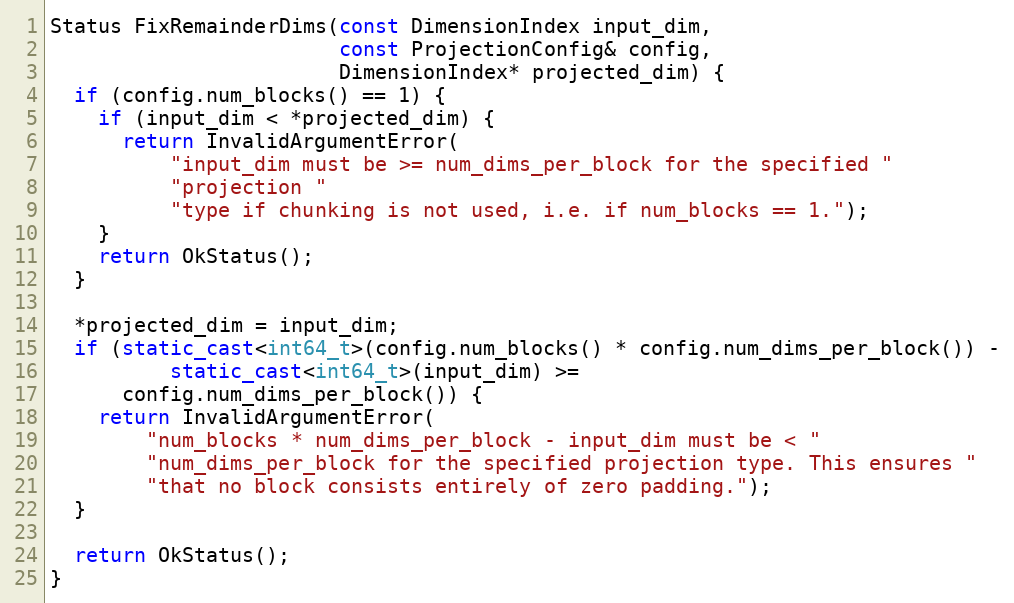
Language: C++
Status FixRemainderDims(const DimensionIndex input_dim,
                        const ProjectionConfig& config,
                        DimensionIndex* projected_dim) {
  if (config.num_blocks() == 1) {
    if (input_dim < *projected_dim) {
      return InvalidArgumentError(
          "input_dim must be >= num_dims_per_block for the specified "
          "projection "
          "type if chunking is not used, i.e. if num_blocks == 1.");
    }
    return OkStatus();
  }

  *projected_dim = input_dim;
  if (static_cast<int64_t>(config.num_blocks() * config.num_dims_per_block()) -
          static_cast<int64_t>(input_dim) >=
      config.num_dims_per_block()) {
    return InvalidArgumentError(
        "num_blocks * num_dims_per_block - input_dim must be < "
        "num_dims_per_block for the specified projection type. This ensures "
        "that no block consists entirely of zero padding.");
  }

  return OkStatus();
}